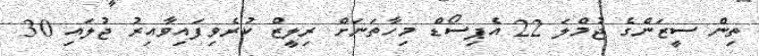
ތިން ސީޒަންގެ ޖުމްލަ 22 އެޕިސޯޑް މިހާތަނަށް ރިލީޒް ކުރެވިފައިވާއިރު ޖުލައި 30